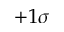
+ 1 \sigma